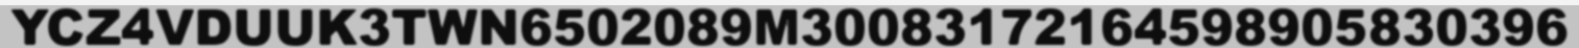
YCZ4VDUUK3TWN6502089M30083172164598905830396